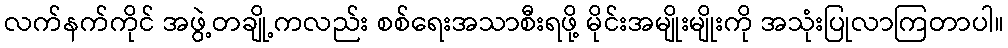
လက်နက်ကိုင် အဖွဲ့တချို့ကလည်း စစ်ရေးအသာစီးရဖို့ မိုင်းအမျိုးမျိုးကို အသုံးပြုလာကြတာပါ။